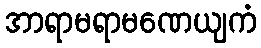
အာရာမရာမဏေယျကံ